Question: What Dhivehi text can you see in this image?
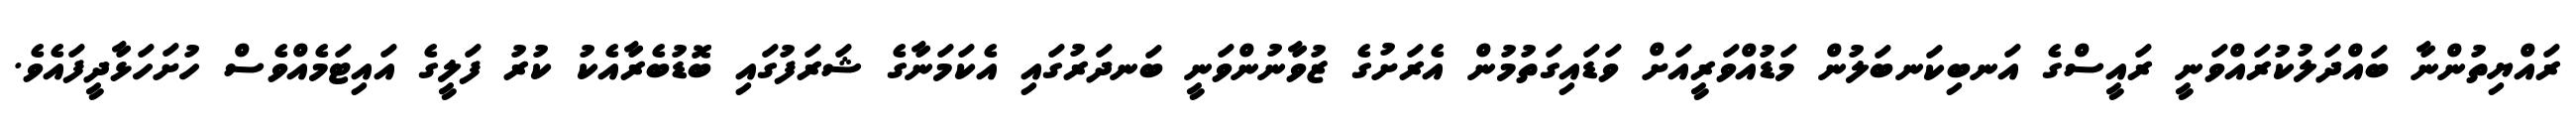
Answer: ރައްޔިތުންނާ ބައްދަލުކުރައްވަނީ ރައީސްގެ އަނބިކަނބަލުން މަޑުއްވަރީއަށް ވަޑައިގަތުމުން އެރަށުގެ ޒުވާނުންވަނީ ބަނދަރުގައި އެކަމަނާގެ ޝަރަފުގައި ބޮޑުބެރާއެކު ކުރު ފަލީގެ އައިޓަމެއްވެސް ހުށަހަޅާދީފައެވެ.